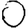
Digit: 0